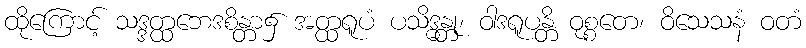
ထိုကြောင့် သဒ္ဒတ္ထဘေဒစိန္တာ၌ အတ္ထရူပံ ပသိဒ္ဓန္တု၊ ဝါဒရူပန္တိ ဝုစ္စတေ၊ ဝိသေသနံ ဝတံ